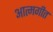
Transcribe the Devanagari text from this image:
आत्मगीत